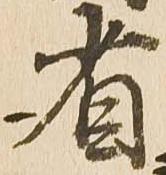
省